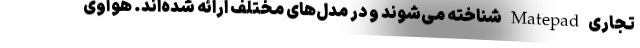
تجاری Matepad شناخته می‌شوند و در مدل‌های مختلف ارائه شده‌اند. هوآوی